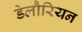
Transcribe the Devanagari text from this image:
डेलौरियन